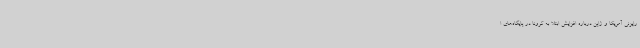
رایزنی آمریکا و ژاپن درباره افزایش ابتلا به کرونا در پایگاه‌های ا